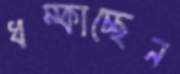
ধম্‌কাচ্ছেন